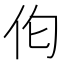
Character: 𪜪